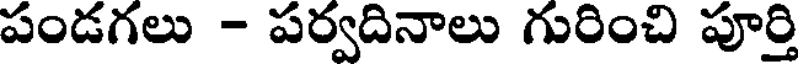
పండగలు - పర్వదినాలు గురించి పూర్తి